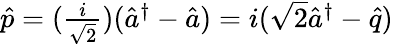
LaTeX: \begin{array}{r}{\hat{p}=(\frac{i}{\sqrt{2}})(\hat{a}^{\dagger}-\hat{a})=i(\sqrt{2}\hat{a}^{\dagger}-\hat{q})}\end{array}